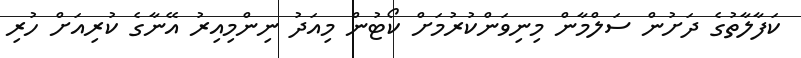
ކަފާލާތުގެ ދަށުން ސަލްމާން މިނިވަންކުރުމަށް ކޯޓުން މިއަދު ނިންމިއިރު އޭނާގެ ކުރިއަށް ހުރި